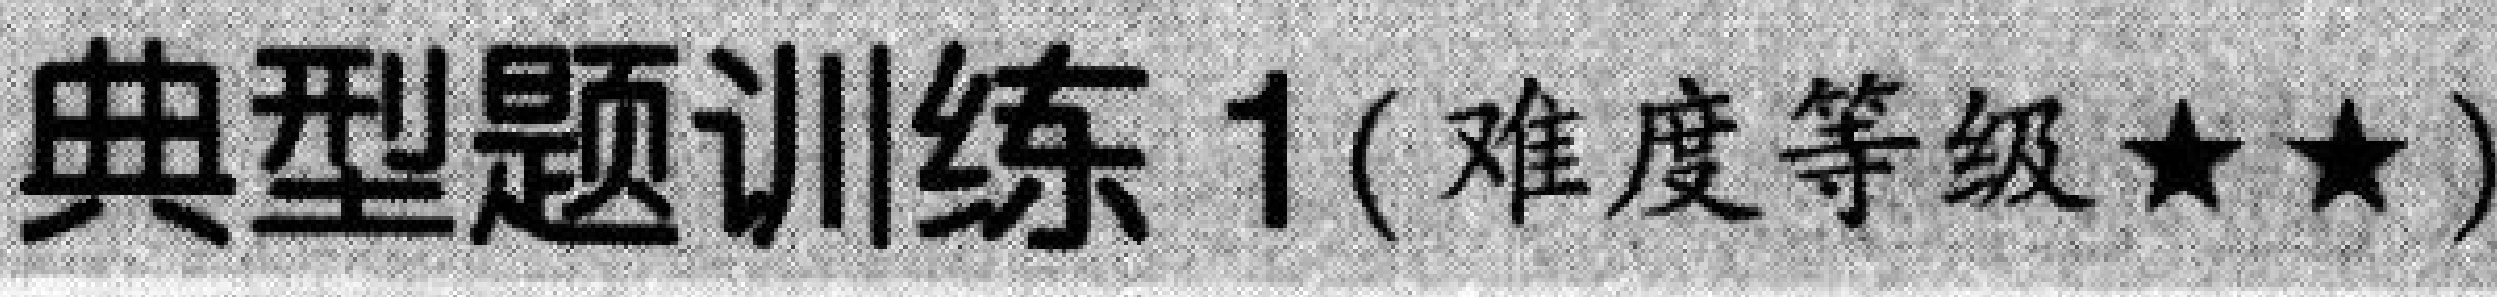
典型题训练 1(难度等级$\star\star$)